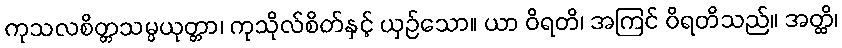
ကုသလစိတ္တသမ္ပယုတ္တာ၊ ကုသိုလ်စိတ်နှင့် ယှဉ်သော။ ယာ ဝိရတိ၊ အကြင် ဝိရတိသည်။ အတ္ထိ၊